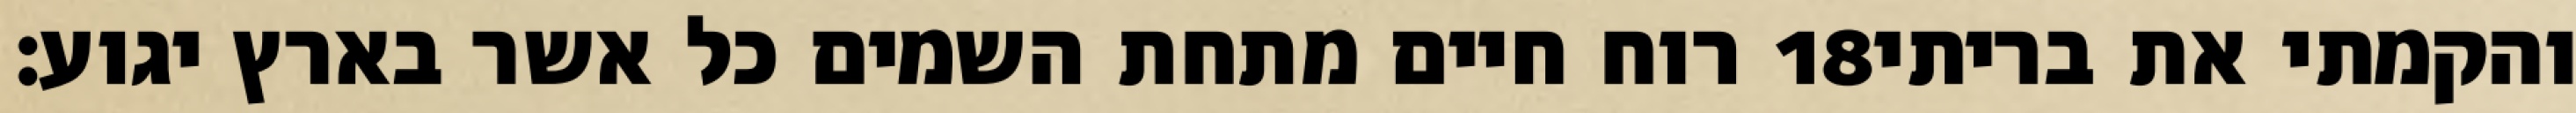
רוח חיים מתחת השמים כל אשר בארץ יגוע׃ ‎18‏ והקמתי את בריתי